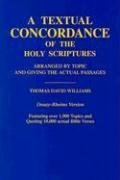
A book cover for A Textual Concordance of the Holy Scriptures: Arranged by Topic and Giving the Actual Passages (Douay-Rheims Version); Fr. Thomas David Williams; Christian Books & Bibles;